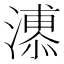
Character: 𱩊